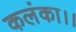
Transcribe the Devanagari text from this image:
कलंका।।